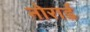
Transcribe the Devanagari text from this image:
नोरार्ड